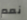
نعم